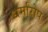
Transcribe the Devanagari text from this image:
धर्मारोप